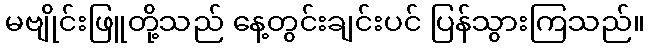
မဗျိုင်းဖြူတို့သည် နေ့တွင်းချင်းပင် ပြန်သွားကြသည်။